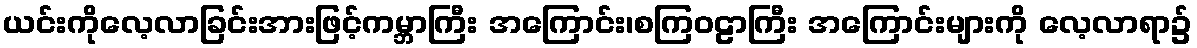
ယင်းကိုလေ့လာခြင်းအားဖြင့်ကမ္ဘာကြီး အကြောင်း၊စကြဝဠာကြီး အကြောင်းများကို လေ့လာရာ၌